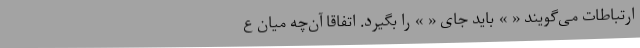
ارتباطات می‌گویند « » باید جای « » را بگیرد. اتفاقاً آن‌چه میان ع